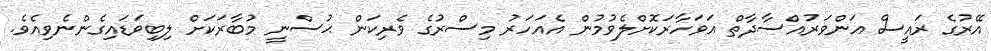
އޭރުގެ ރައީސް އަންވަރުއްސާދާތް އަވަހާރަކޮށްލެވުމުން އެއަހަރު މިސްރުގެ ވެރިކަން ޙުސްނީ މުބާރަކަށް ލިބިވަޑައިގެންނެވިއެވެ.